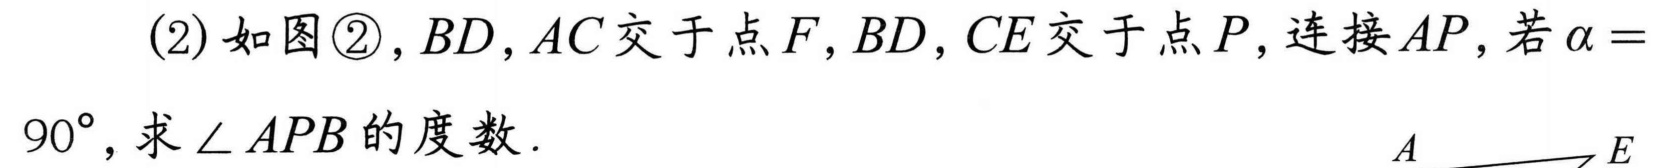
(2)如图\textcircled{2}，\(BD,AC\)交于点\(F\)，\(BD,CE\)交于点\(P\)，连接\(AP\)，若\(\alpha = 90^{\circ}\)，求\(\angle APB\)的度数．